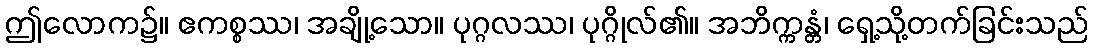
ဤလောက၌။ ဧကစ္စဿ၊ အချို့သော။ ပုဂ္ဂလဿ၊ ပုဂ္ဂိုလ်၏။ အဘိက္ကန္တံ၊ ရှေ့သို့တက်ခြင်းသည်